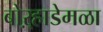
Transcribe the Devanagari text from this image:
बोऱ्हाडेमळा